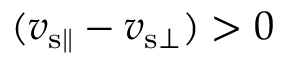
( v _ { { \mathrm { s } } \parallel } - v _ { { \mathrm { s } } \bot } ) > 0